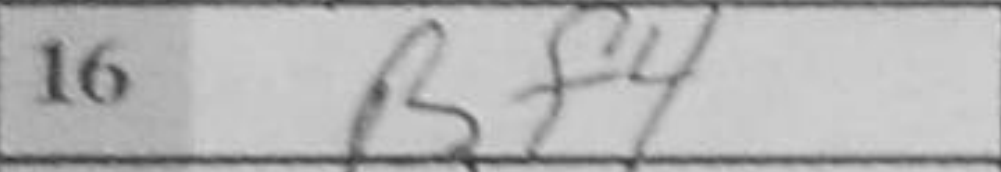
Transcription: Bf4